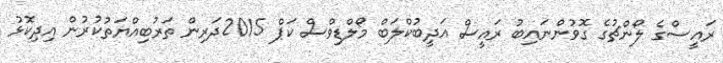
ރައީސްގެ ލޯންޗުގެ ގޮވުންނައިބު ރައީސް އަދީބުކްލަބް މޯލްޑިވްސް ކަޕް 2015ދަރިން ތަރުބިއްޔަތުކުރުން އިދިކޮޅު